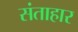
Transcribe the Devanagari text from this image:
संताहार